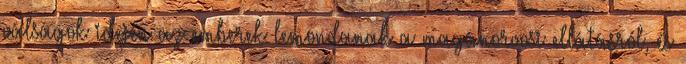
válságok idején az emberek lemondanak a magánorvosi ellátásról, és